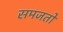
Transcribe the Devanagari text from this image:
समजतों